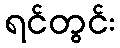
ရင်တွင်း